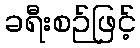
ခရီးစဉ်ဖြင့်